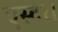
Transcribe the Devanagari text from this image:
एस्टर।